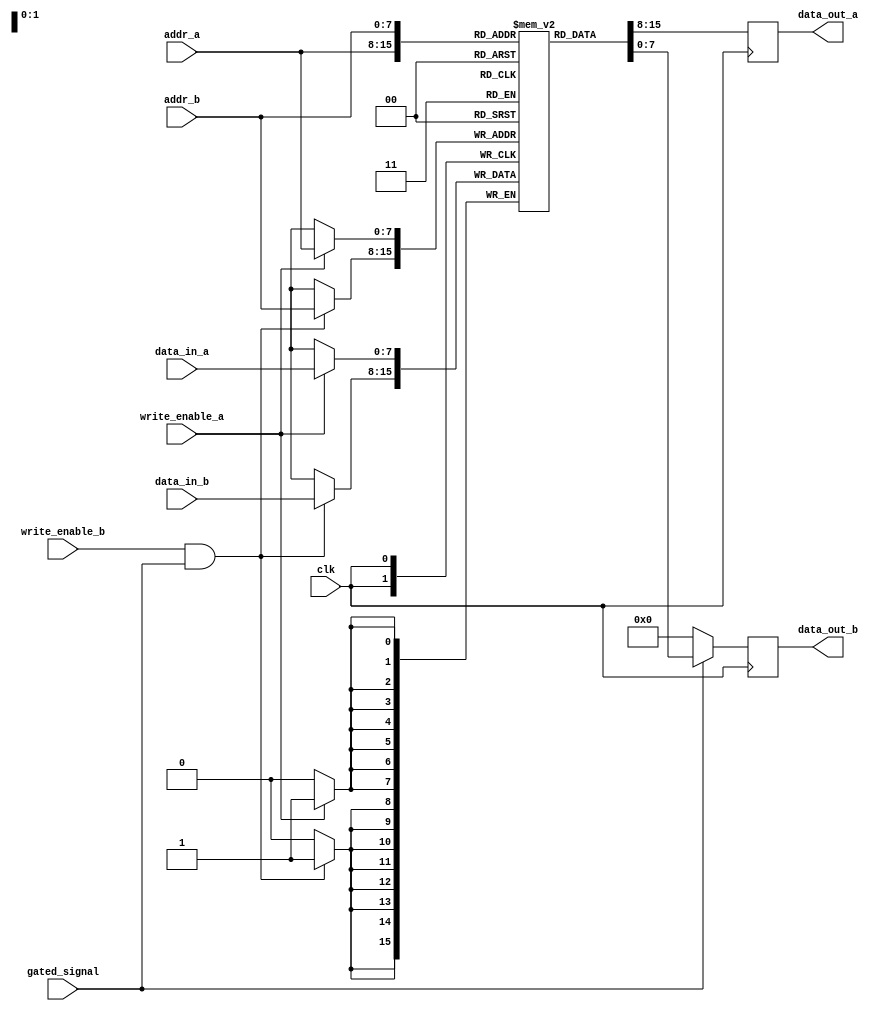
module dual_port_ram (
    input wire clk,
    input wire [7:0] addr_a,
    input wire [7:0] addr_b,
    input wire [7:0] data_in_a,
    input wire [7:0] data_in_b,
    input wire write_enable_a,
    input wire write_enable_b,
    input wire gated_signal,
    output reg [7:0] data_out_a,
    output reg [7:0] data_out_b
);

reg [7:0] memory [0:255]; // 256 memory blocks

always @(posedge clk) begin
    if (write_enable_a) begin
        memory[addr_a] <= data_in_a;
    end
    if (write_enable_b && gated_signal) begin
        memory[addr_b] <= data_in_b;
    end

    data_out_a <= memory[addr_a];
    data_out_b <= gated_signal ? memory[addr_b] : 8'b0;
end

endmodule